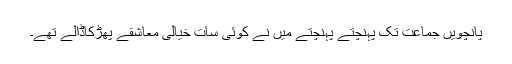
پانچویں جماعت تک پہنچتے پہنچتے میں نے کوئی سات خیالی معاشقے پھڑکاڈالے تھے۔